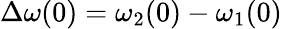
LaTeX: \Delta\omega(0)=\omega_{2}(0)-\omega_{1}(0)